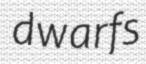
dwarfs